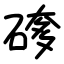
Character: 䃎